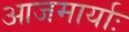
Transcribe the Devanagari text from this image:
आजमार्याः